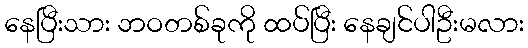
နေပြီးသား ဘဝတစ်ခုကို ထပ်ပြီး နေချင်ပါဦးမလား